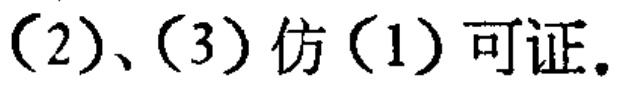
(2)、(3) 仿 (1) 可证.